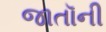
જાતૉની